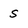
Character: s